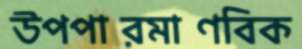
উপপারমাণবিক